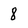
Character: 8